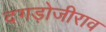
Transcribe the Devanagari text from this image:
दगड़ोजीराव